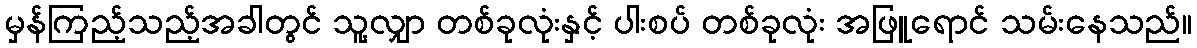
မှန်ကြည့်သည့်အခါတွင် သူ့လျှာ တစ်ခုလုံးနှင့် ပါးစပ် တစ်ခုလုံး အဖြူရောင် သမ်းနေသည်။